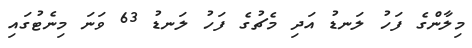
މިލާންގެ ފަހު ލަނޑު އަދި މެޗުގެ ފަހު ލަނޑު 63 ވަނަ މިނެޓުގައި